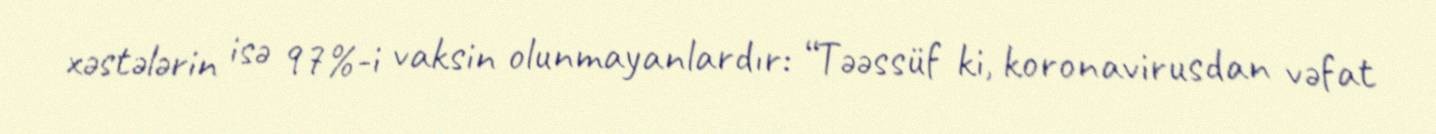
xəstələrin isə 97%-i vaksin olunmayanlardır: “Təəssüf ki, koronavirusdan vəfat